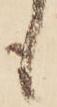
も